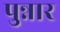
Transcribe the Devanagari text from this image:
पुन्नार